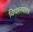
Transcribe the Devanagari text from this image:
विद्यालयातच